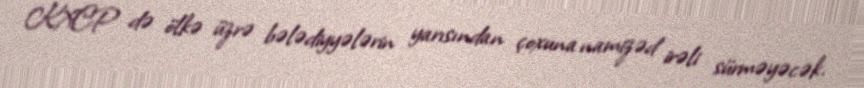
KXCP də ölkə üzrə bələdiyyələrin yarısından çoxuna namizəd irəli sürməyəcək.